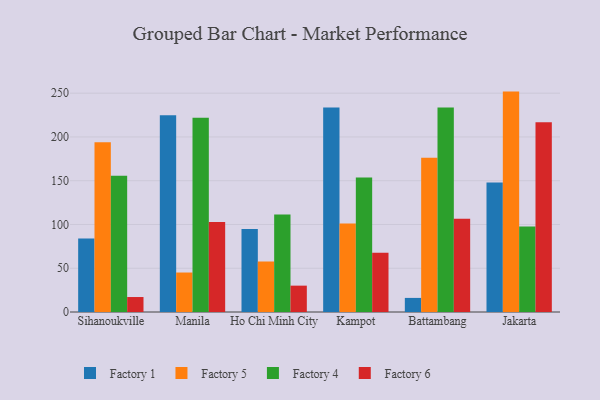
{"axis": {"x": "City", "y": "Headcount"}, "legend": ["Factory 1", "Factory 4", "Factory 5", "Factory 6"], "data": [{"x": "Sihanoukville", "y": 83.9, "type": "Factory 1"}, {"x": "Sihanoukville", "y": 194.0, "type": "Factory 5"}, {"x": "Sihanoukville", "y": 155.6, "type": "Factory 4"}, {"x": "Sihanoukville", "y": 17.1, "type": "Factory 6"}, {"x": "Manila", "y": 224.8, "type": "Factory 1"}, {"x": "Manila", "y": 45.1, "type": "Factory 5"}, {"x": "Manila", "y": 221.8, "type": "Factory 4"}, {"x": "Manila", "y": 102.8, "type": "Factory 6"}, {"x": "Ho Chi Minh City", "y": 94.9, "type": "Factory 1"}, {"x": "Ho Chi Minh City", "y": 57.7, "type": "Factory 5"}, {"x": "Ho Chi Minh City", "y": 111.3, "type": "Factory 4"}, {"x": "Ho Chi Minh City", "y": 30.1, "type": "Factory 6"}, {"x": "Kampot", "y": 233.6, "type": "Factory 1"}, {"x": "Kampot", "y": 101.0, "type": "Factory 5"}, {"x": "Kampot", "y": 153.7, "type": "Factory 4"}, {"x": "Kampot", "y": 67.6, "type": "Factory 6"}, {"x": "Battambang", "y": 16.1, "type": "Factory 1"}, {"x": "Battambang", "y": 176.1, "type": "Factory 5"}, {"x": "Battambang", "y": 233.5, "type": "Factory 4"}, {"x": "Battambang", "y": 106.5, "type": "Factory 6"}, {"x": "Jakarta", "y": 148.0, "type": "Factory 1"}, {"x": "Jakarta", "y": 251.8, "type": "Factory 5"}, {"x": "Jakarta", "y": 97.8, "type": "Factory 4"}, {"x": "Jakarta", "y": 216.8, "type": "Factory 6"}]}